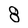
Character: 8